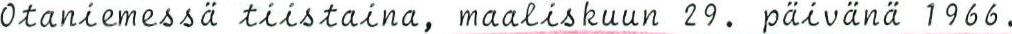
Otaniemessä tiistaina, maaliskuun 29. päivänä 1966.